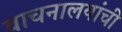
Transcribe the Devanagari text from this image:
वाचनालयांची